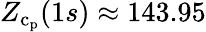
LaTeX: Z_{\mathrm{c}_{\mathrm{p}}}(1s)\approx 143.95